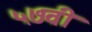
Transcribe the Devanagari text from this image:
५७वी